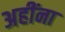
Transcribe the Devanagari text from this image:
अहींना